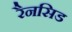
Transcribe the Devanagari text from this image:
रैनसिड